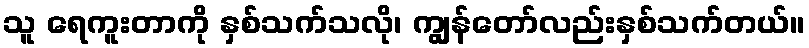
သူ ရေကူးတာကို နှစ်သက်သလို၊ ကျွန်တော်လည်းနှစ်သက်တယ်။